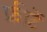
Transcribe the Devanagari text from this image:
फ्रीटें